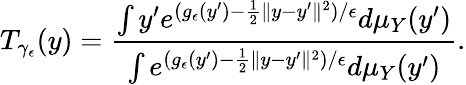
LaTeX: T_{\gamma_{\epsilon}}(y)=\frac{\int y^{\prime}e^{(g_{\epsilon}(y^{\prime})-\frac{1}{2}\| y-y^{\prime}\| ^{2})/\epsilon}d\mu_{Y}(y^{\prime})}{\int e^{(g_{\epsilon}(y^{\prime})-\frac{1}{2}\| y-y^{\prime}\| ^{2})/\epsilon}d\mu_{Y}(y^{\prime})}.